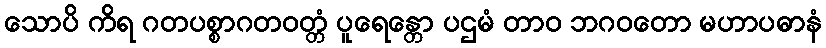
သောပိ ကိရ ဂတပစ္စာဂတဝတ္တံ ပူရေန္တော ပဌမံ တာဝ ဘဂဝတော မဟာပဓာနံ